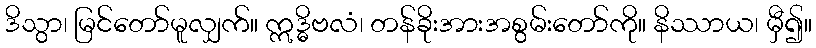
ဒိသွာ၊ မြင်တော်မူလျှက်။ ဣဒ္ဓိဗလံ၊ တန်ခိုးအားအစွမ်းတော်ကို။ နိဿာယ၊ မှီ၍။